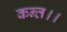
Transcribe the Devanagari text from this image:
कन्‍त।।